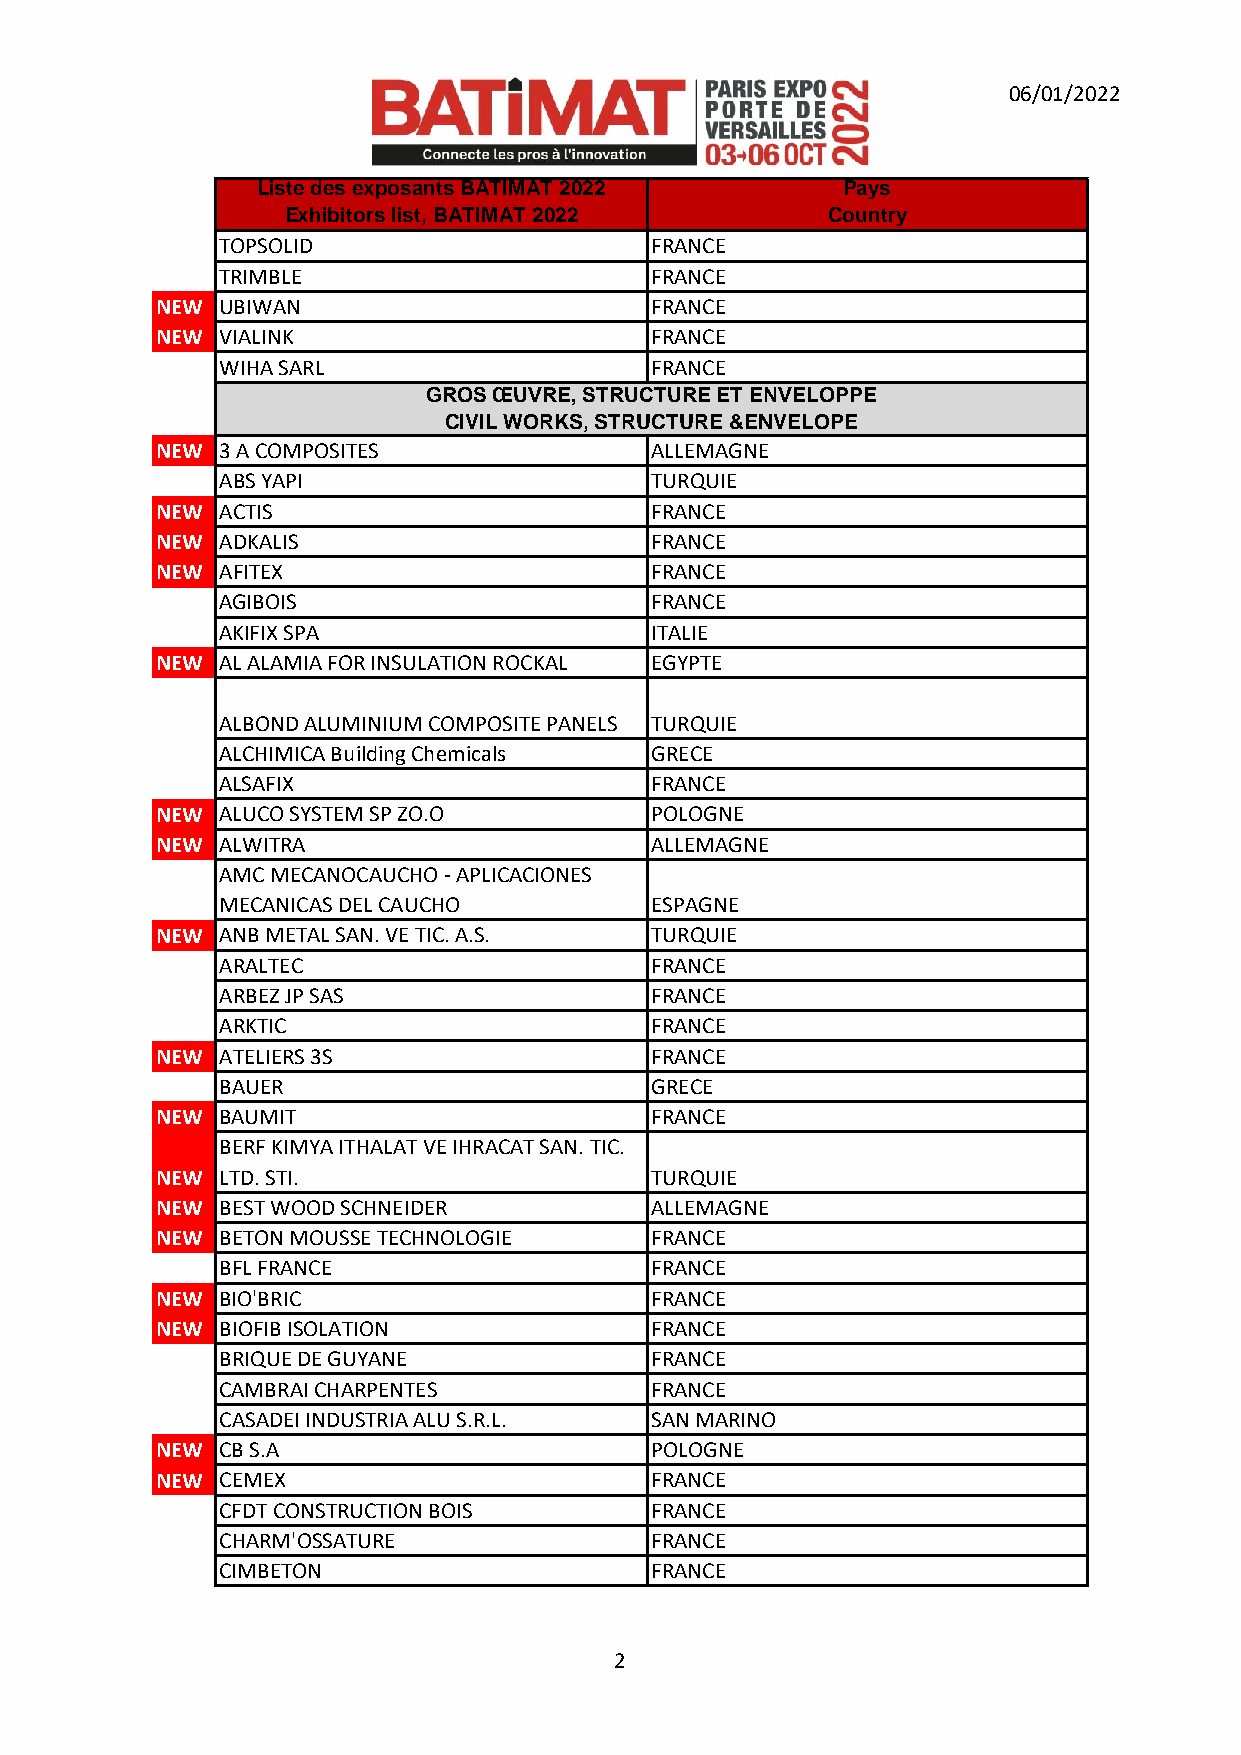
06/01/2022
 Liste des exposants BATIMAT 2022       P a y s
 Exhibitors list, BATIMAT 2022       Country
 TOPSOLID                    FRANCE
 TRIMBLE                     FRANCE
 NEW  UBIWAN                      FRANCE
 NEW  VIALINK                     FRANCE
 WIHA SARL                   FRANCE
 GROS ŒUVRE, STRUCTURE ET ENVELOPPE
 CIVIL WORKS, STRUCTURE &ENVELOPE
 NEW  3 A COMPOSITES              ALLEMAGNE
 ABS YAPI                    TURQUIE
 NEW  ACTIS                       FRANCE
 NEW  ADKALIS                     FRANCE
 NEW  AFITEX                      FRANCE
 AGIBOIS                     FRANCE
 AKIFIX SPA                  ITALIE
 NEW  AL ALAMIA FOR INSULATION ROCKAL EGYPTE
 ALBOND ALUMINIUM COMPOSITE PANELS TURQUIE
 ALCHIMICA Building Chemicals GRECE
 ALSAFIX                     FRANCE
 NEW  ALUCO SYSTEM SP ZO.O        POLOGNE
 NEW  ALWITRA                     ALLEMAGNE
 AMC MECANOCAUCHO - APLICACIONES
 MECANICAS DEL CAUCHO        ESPAGNE
 NEW  ANB METAL SAN. VE TIC. A.S. TURQUIE
 ARALTEC                     FRANCE
 ARBEZ JP SAS                FRANCE
 ARKTIC                      FRANCE
 NEW  ATELIERS 3S                 FRANCE
 BAUER                       GRECE
 NEW  BAUMIT                      FRANCE
 BERF KIMYA ITHALAT VE IHRACAT SAN. TIC.
 NEW  LTD. STI.                   TURQUIE
 NEW  BEST WOOD SCHNEIDER         ALLEMAGNE
 NEW  BETON MOUSSE TECHNOLOGIE    FRANCE
 BFL FRANCE                  FRANCE
 NEW  BIO'BRIC                    FRANCE
 NEW  BIOFIB ISOLATION            FRANCE
 BRIQUE DE GUYANE            FRANCE
 CAMBRAI CHARPENTES          FRANCE
 CASADEI INDUSTRIA ALU S.R.L. SAN MARINO
 NEW  CB S.A                      POLOGNE
 NEW  CEMEX                       FRANCE
 CFDT CONSTRUCTION BOIS      FRANCE
 CHARM'OSSATURE              FRANCE
 CIMBETON                    FRANCE
 2